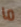
ما